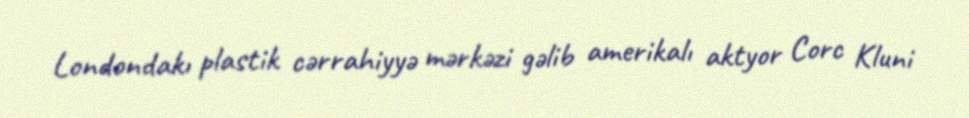
Londondakı plastik cərrahiyyə mərkəzi gəlib amerikalı aktyor Corc Kluni